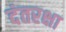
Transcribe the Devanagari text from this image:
दंतरक्षा